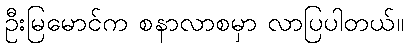
ဦးမြမောင်က စနာလာစမှာ လာပြပါတယ်။